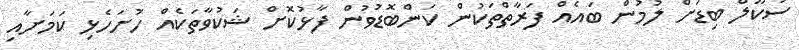
ސުކޫލް ބިޑަށް ލުމުން ބައެއް ފަރާތްތަކުން ކަންބޮޑުވުން ފާޅުކޮށް ޝަކުވާތަކެއް ހުށަހެޅި ކަމަށާއި